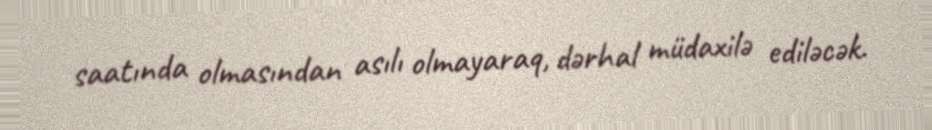
saatında olmasından asılı olmayaraq, dərhal müdaxilə ediləcək.